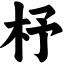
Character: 杼